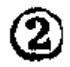
\textcircled{2}